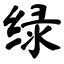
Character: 绿